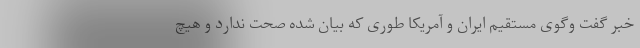
خبر گفت وگوی مستقیم ایران و آمریکا طوری که بیان شده صحت ندارد و هیچ